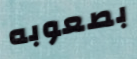
بصعوبه